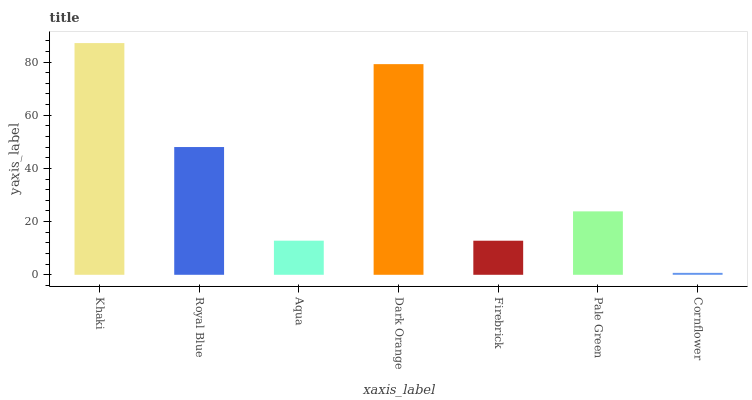
| xaxis_label | bars |
 | --- | --- |
 | Khaki | 87.1 |
 | Royal Blue | 48 |
 | Aqua | 12.8 |
 | Dark Orange | 79.2 |
 | Firebrick | 12.8 |
 | Pale Green | 23.8 |
 | Cornflower | 0.729 |